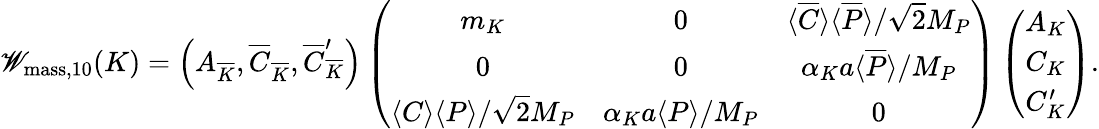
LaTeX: \mathscr{W}_{\mathrm{{mass,10}}}(K)=\left(A_{\overline{{{{K}}}}},\overline{{{{C}}}}_{\overline{{{{K}}}}},\overline{{{{C}}}}_{\overline{{{{K}}}}}^{\prime}\right)\left(\begin{array}{ccc}{{m_{K}}}&{{0}}&{{\langle\overline{{{C}}}\rangle\langle\overline{{{P}}}\rangle/\sqrt{2}M_{P}}}\\ {{0}}&{{0}}&{{\alpha_{K}a\langle\overline{{{P}}}\rangle/M_{P}}}\\ {{\langle C\rangle\langle P\rangle/\sqrt{2}M_{P}}}&{{\alpha_{K}a\langle P\rangle/M_{P}}}&{{0}}\end{array}\right)\left(\begin{array}{c}{{A_{K}}}\\ {{C_{K}}}\\ {{C_{K}^{\prime}}}\end{array}\right).